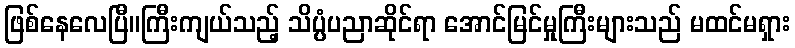
ဖြစ်နေလေပြီ။ကြီးကျယ်သည့် သိပ္ပံပညာဆိုင်ရာ အောင်မြင်မှုကြီးများသည် မထင်မရှား